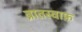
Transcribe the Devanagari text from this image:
व्रातस्वाफ़